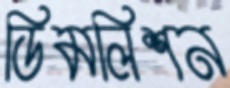
ডিমলিশন